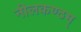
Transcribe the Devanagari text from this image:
नीलकण्ठम्